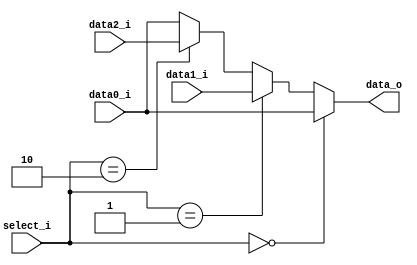
module MUXForward(
	data0_i,
	data1_i,
	data2_i,
	select_i,
	data_o
);

input	[31:0]	data0_i;
input	[31:0]	data1_i;
input	[31:0]	data2_i;
input	[1:0]	select_i;
output	[31:0]	data_o;

assign data_o = (
	(select_i == 2'b00)? data0_i:
	(select_i == 2'b01)? data1_i:
	(select_i == 2'b10)? data2_i:
	data0_i
);

endmodule